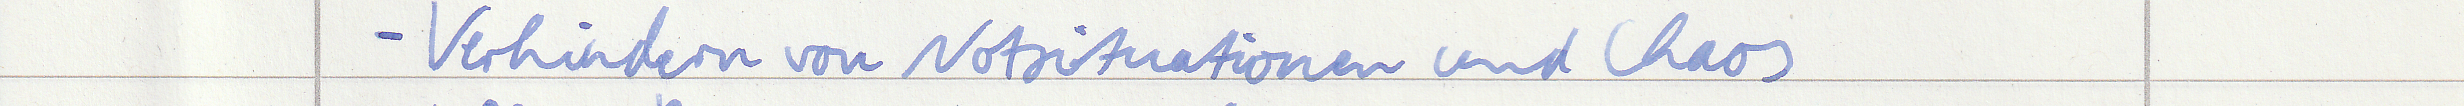
- Verhindern von Notsituationen und Chaos